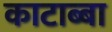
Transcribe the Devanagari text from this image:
काटाब्बा